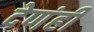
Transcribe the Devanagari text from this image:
देणंही